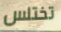
تختلس